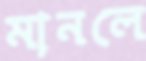
মানলে